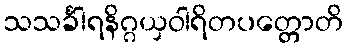
သသင်္ခါရနိဂ္ဂယှဝါရိတပတ္တောတိ